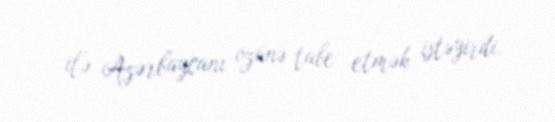
ilə Azərbaycanı özünə tabe etmək istəyirdi.